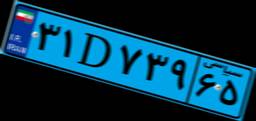
۳۱D۷۳۹۶۵